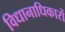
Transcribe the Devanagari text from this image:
विधानाधिकारों